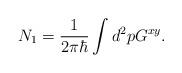
LaTeX: \begin{align*}N_1=\frac{1}{2\pi\hbar}\int d^2p G^{xy}. \end{align*}